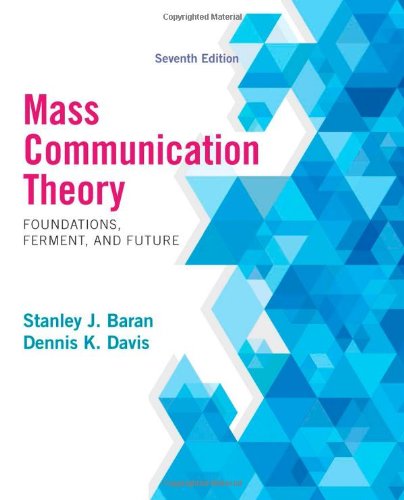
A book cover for Mass Communication Theory: Foundations, Ferment, and Future, 7th Edition; Stanley J. Baran; Business & Money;